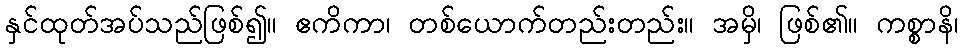
နှင်ထုတ်အပ်သည်ဖြစ်၍။ ဧကိကာ၊ တစ်ယောက်တည်းတည်း။ အမှိ၊ ဖြစ်၏။ ကစ္စာနိ၊